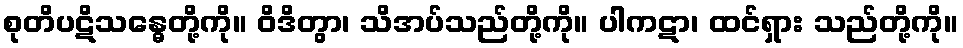
စုတိပဋိသန္ဓေတို့ကို။ ဝိဒိတွာ၊ သိအပ်သည်တို့ကို။ ပါကဋာ၊ ထင်ရှား သည်တို့ကို။